Insane asylums in Bengal annual reports 1867-1875 - 1867-1875
Year: 1867
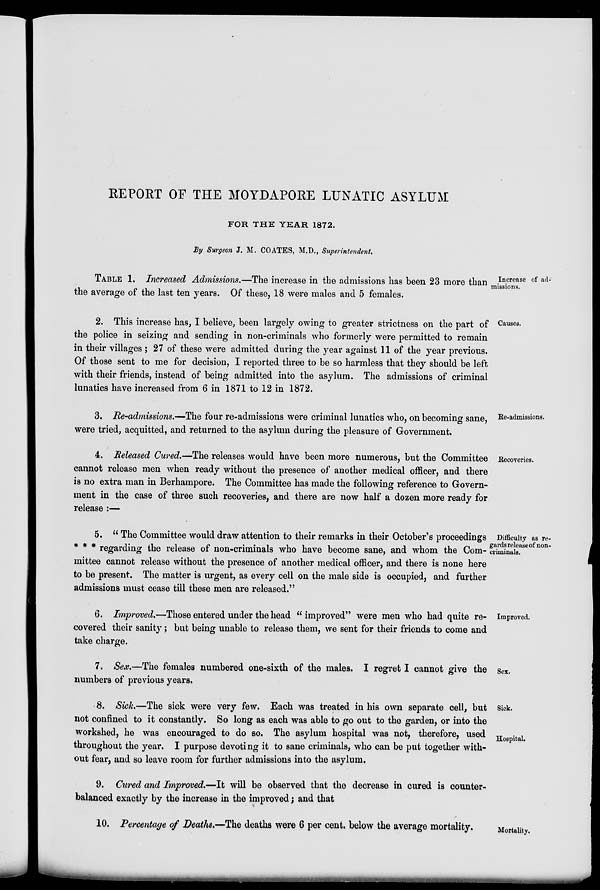
REPORT OF THE MOYDAPORE LUNATIC ASYLUM
FOR THE YEAR 1872.
By Surgeon J. M. COATES, M.D., Superintendent.
Increase of ad-
missions.
TABLE 1. Increased Admissions.—The increase in the admissions has been 23 more than
the average of the last ten years. Of these, 18 were males and 5 females.
Causes.
2. This increase has, I believe, been largely owing to greater strictness on the part of
the police in seizing and sending in non-criminals who formerly were permitted to remain
in their villages ; 27 of these were admitted during the year against 11 of the year previous.
Of those sent to me for decision, I reported three to be so harmless that they should be left
with their friends, instead of being admitted into the asylum. The admissions of criminal
lunatics have increased from 6 in 1871 to 12 in 1872.
Re-admissions.
3. Re-admissions.—The four re-admissions were criminal lunatics who, on becoming sane,
were tried, acquitted, and returned to the asylum during the pleasure of Government.
Recoveries.
4. Released Cured.—The releases would have been more numerous, but the Committee
cannot release men when ready without the presence of another medical officer, and there
is no extra man in Berhampore. The Committee has made the following reference to Govern-
ment in the case of three such recoveries, and there are now half a dozen more ready for
release :—
Difficulty as re-
gards release of non-
criminals.
5. " The Committee would draw attention to their remarks in their October's proceedings
* * * regarding the release of non-criminals who have become sane, and whom the Com-
mittee cannot release without the presence of another medical officer, and there is none here
to be present. The matter is urgent, as every cell on the male side is occupied, and further
admissions must cease till these men are released."
Improved.
6. Improved.—Those entered under the head "improved" were men who had quite re-
covered their sanity; but being unable to release them, we sent for their friends to come and
take charge.
Sex.
7. Sex.—The females numbered one-sixth of the males. I regret I cannot give the
numbers of previous years.
Sick.
Hospital.
8. Sick.—The sick were very few. Each was treated in his own separate cell, but
not confined to it constantly. So long as each was able to go out to the garden, or into the
workshed, he was encouraged to do so. The asylum hospital was not, therefore, used
throughout the year. I purpose devoting it to sane criminals, who can be put together with-
out fear, and so leave room for further admissions into the asylum.
9. Cured and Improved.—It will be observed that the decrease in cured is counter-
balanced exactly by the increase in the improved; and that
Mortality.
10. Percentage of Deaths.—The deaths were 6 per cent. below the average mortality.